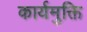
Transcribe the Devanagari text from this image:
कार्यमुक्ति